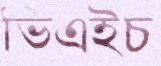
ভিএইচ